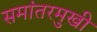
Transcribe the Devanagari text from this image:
समांतरमुखी